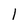
Character: l